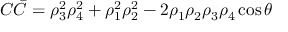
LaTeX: C \bar { C } = \rho _ { 3 } ^ { 2 } \rho _ { 4 } ^ { 2 } + \rho _ { 1 } ^ { 2 } \rho _ { 2 } ^ { 2 } - 2 \rho _ { 1 } \rho _ { 2 } \rho _ { 3 } \rho _ { 4 } \cos { \theta }